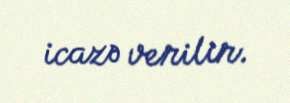
icazə verilir.